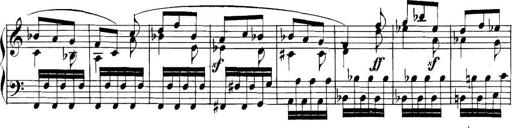
Title: Collected Piano Sonatas
Composer: Muzio Clementi